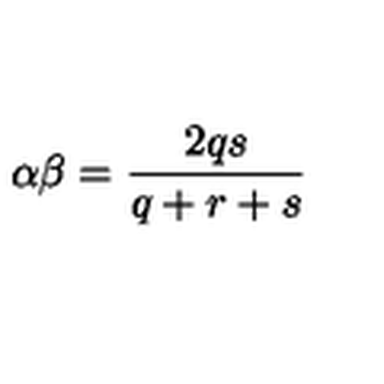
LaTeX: \alpha \beta = \frac { 2 q s } { q + r + s }